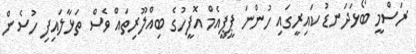
ރަސްމީ ބޯޅަދަނޑު ކައިރީގައި ހުންނަ ޕީޕީއެމް އޮފީހުގެ ބިއްލޫރިތައް ވެސް ތަޅާލައިފި ހުސެން